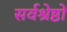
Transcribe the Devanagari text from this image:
सर्वश्रेष्ठों